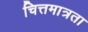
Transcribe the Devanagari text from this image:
चित्तमात्रता